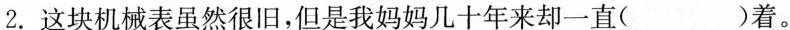
2.这块机械表虽然很旧，但是我妈妈几十年来却一直( )着。